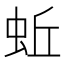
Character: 蚯